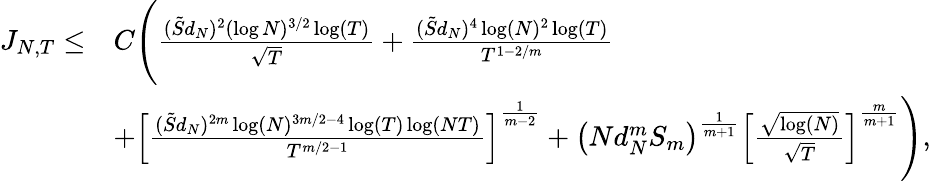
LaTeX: \begin{array}{rl}{{J_{N,T}}\leq}&{C\Bigg(\frac{(\tilde{S}d_{N})^{2}(\log N)^{3/2}\log(T)}{\sqrt{T}}+\frac{(\tilde{S}d_{N})^{4}\log(N)^{2}\log(T)}{T^{1-2/m}}}\\ &{+\left[\frac{(\tilde{S}d_{N})^{2m}\log(N)^{3m/2-4}\log(T)\log(NT)}{T^{m/2-1}}\right]^{\frac{1}{m-2}}+\left(Nd_{N}^{m}S_{m}\right)^{\frac{1}{m+1}}\left[\frac{\sqrt{\log(N)}}{\sqrt{T}}\right]^{\frac{m}{m+1}}\Bigg),}\end{array}